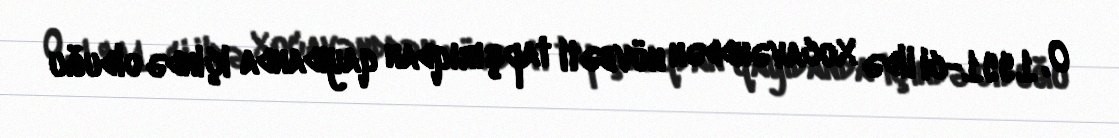
O, 1991-ci ildə Xocavənddən növbəti tapşırıqdan qayıdanda içində olduğu